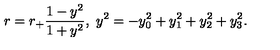
r = r _ { + } \frac { 1 - y ^ { 2 } } { 1 + y ^ { 2 } } , \ y ^ { 2 } = - y _ { 0 } ^ { 2 } + y _ { 1 } ^ { 2 } + y _ { 2 } ^ { 2 } + y _ { 3 } ^ { 2 } .